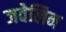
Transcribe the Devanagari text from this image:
जवेलिन